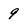
Character: 9